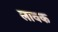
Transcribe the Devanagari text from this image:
लावक